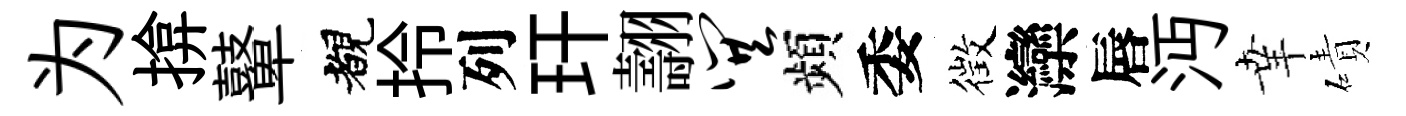
为揜鼙覩拎列玕翿巽頻委徴灤唇沔𦍒磧